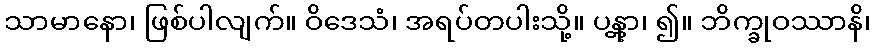
သာမာနော၊ ဖြစ်ပါလျက်။ ဝိဒေသံ၊ အရပ်တပါးသို့။ ပန္တွာ၊ ၍။ ဘိက္ခုဝဿာနိ၊